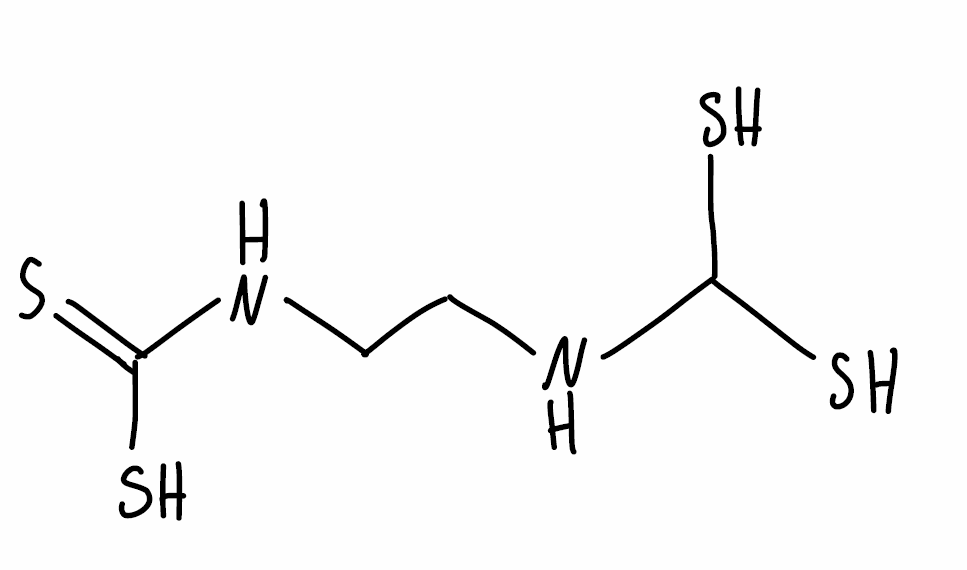
Simplified molecular-input line-entry system (SMILES) notation of the given molecule:
C(CNC(=S)S)NC(S)S